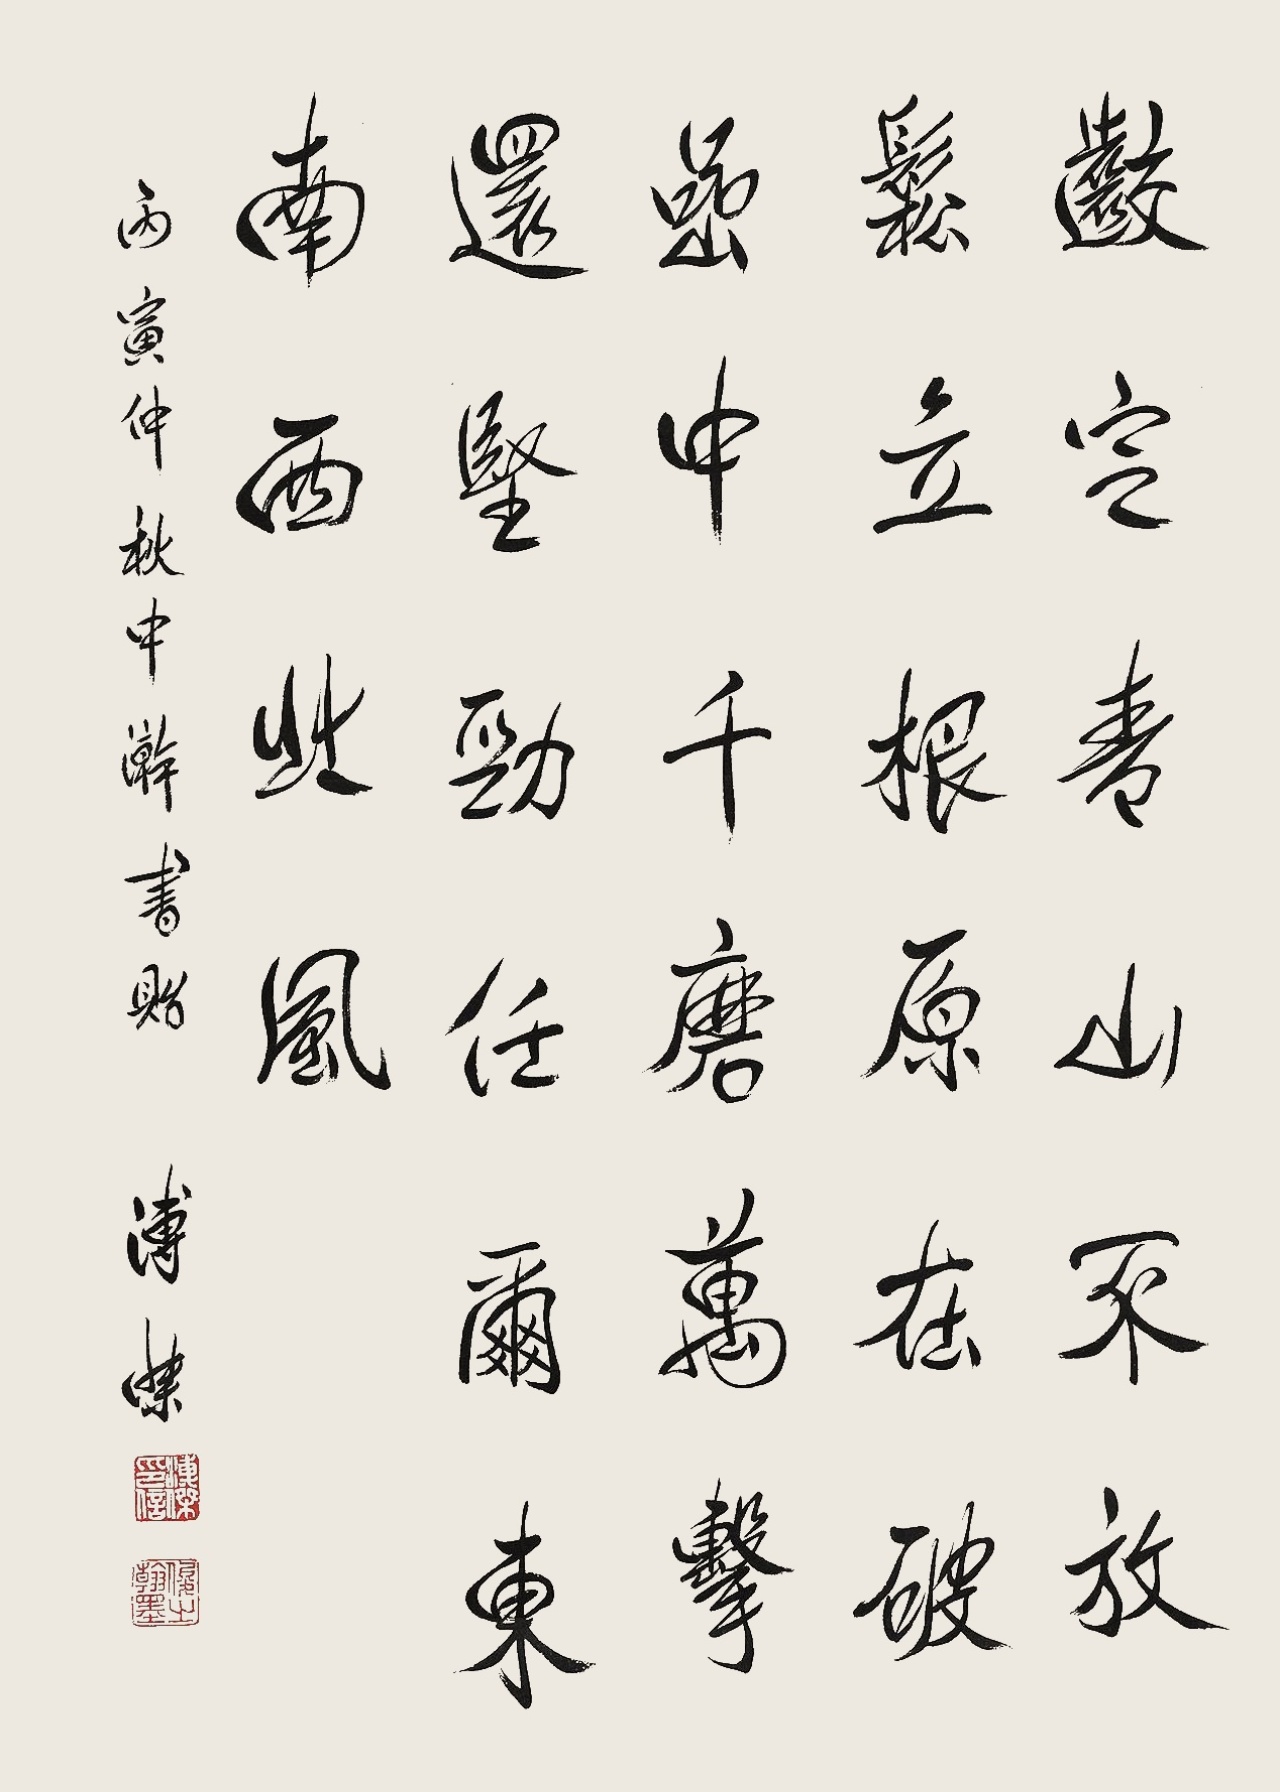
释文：咬定青山不放松，立根原在破岩中。千磨万击还坚劲，任尔东西南北风。丙寅仲秋中濣书贻，溥杰。